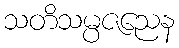
သတိသမ္ပဇညေန